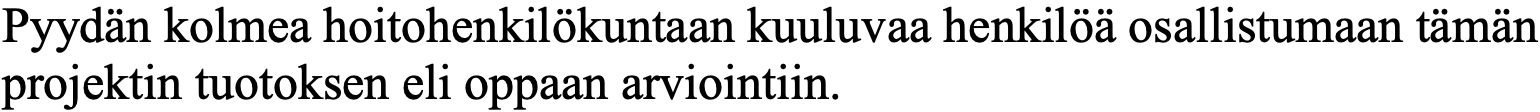
Pyydän kolmea hoitohenkilökuntaan kuuluvaa henkilöä osallistumaan tämän projektin tuotoksen eli oppaan arviointiin.